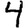
Digit: 4